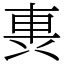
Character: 軣